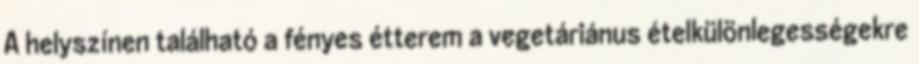
A helyszínen található a fényes étterem a vegetáriánus ételkülönlegességekre